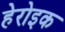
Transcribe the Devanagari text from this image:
हेरोइक